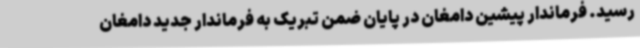
رسید. فرماندار پیشین دامغان در پایان ضمن تبریک به فرماندار جدید دامغان